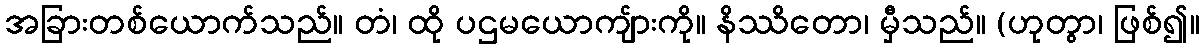
အခြားတစ်ယောက်သည်။ တံ၊ ထို ပဌမယောကျ်ားကို။ နိဿိတော၊ မှီသည်။ (ဟုတွာ၊ ဖြစ်၍။